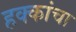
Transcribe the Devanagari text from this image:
हक्‍कांचा